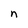
Character: n